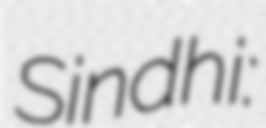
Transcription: Sindhi: